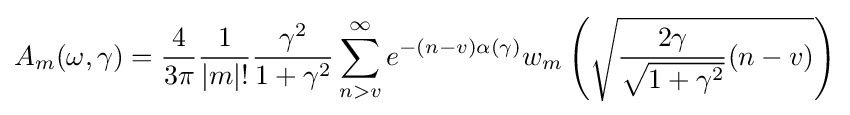
A_{m}(\omega ,\gamma )={\frac {4}{3\pi }}{\frac {1}{|m|!}}{\frac {\gamma ^{2}}{1+\gamma ^{2}}}\sum _{n>v}^{\infty }e^{-(n-v)\alpha (\gamma )}w_{m}\left({\sqrt {{\frac {2\gamma }{\sqrt {1+\gamma ^{2}}}}(n-v)}}\right)